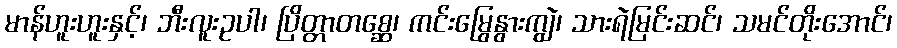
မာန်ဟူးဟူးနှင့်၊ ဘီးလူးဥပါ၊ ပြိတ္တာတစ္ဆေ၊ ကင်းမြွေနွားကျွဲ၊ သားရဲမြင်းဆင်၊ သမင်တိုးအောင်၊